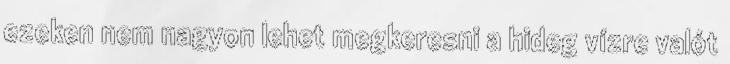
ezeken nem nagyon lehet megkeresni a hideg vízre valót